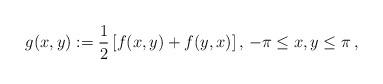
LaTeX: \begin{align*} g(x,y):=\frac12\left[f(x,y)+f(y,x)\right],\,-\pi\le x,y\le\pi\,,\end{align*}